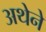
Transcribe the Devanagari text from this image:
अथेने